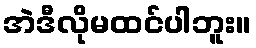
အဲဒီလိုမထင်ပါဘူး။